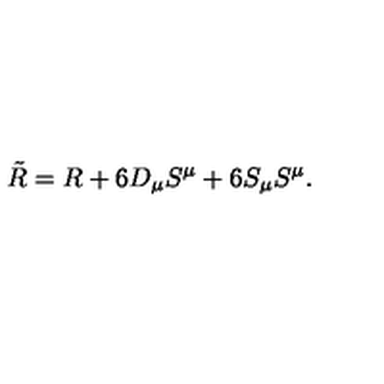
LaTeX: \tilde { R } = R + 6 D _ { \mu } S ^ { \mu } + 6 S _ { \mu } S ^ { \mu } .